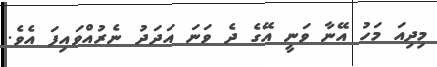
މިދިއަ މަހު އޭނާ ވަނީ އޭގެ ދެ ވަނަ އަދަދު ނެރުއްވައިފަ އެވެ.